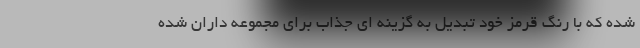
شده که با رنگ قرمز خود تبدیل به گزینه ای جذاب برای مجموعه داران شده